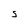
Character: S